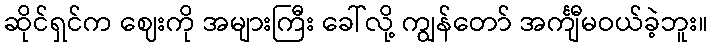
ဆိုင်ရှင်က ဈေးကို အများကြီး ခေါ်လို့ ကျွန်တော် အင်္ကျီမဝယ်ခဲ့ဘူး။